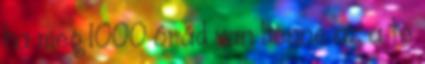
ha meg 1000 órád van benne az a te